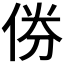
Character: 𠉅